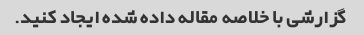
گزارشی با خلاصه مقاله داده شده ایجاد کنید.